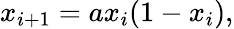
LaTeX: x_{i+1}=ax_{i}(1-x_{i}),